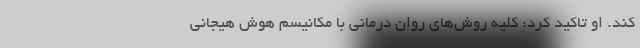
کند. او تاکید کرد: کلیه روش‌های روان درمانی با مکانیسم هوش هیجانی